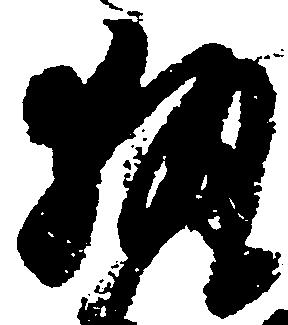
執